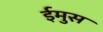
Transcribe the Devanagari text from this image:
ईमुस